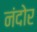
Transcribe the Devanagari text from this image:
नंदोर